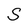
Character: S